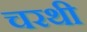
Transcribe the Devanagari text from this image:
चरथी